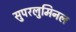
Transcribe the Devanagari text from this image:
सुपरलुमिनल